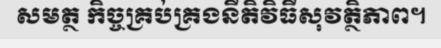
សមត្ថ កិច្ចគ្រប់គ្រងនីតិវិធីសុវត្ថិភាព។